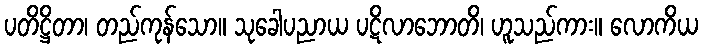
ပတိဋ္ဌိတာ၊ တည်ကုန်သော။ သုခေါပညာယ ပဋိလာဘောတိ၊ ဟူသည်ကား။ လောကိယ